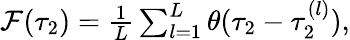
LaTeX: \begin{array}{r}{\mathcal{F}(\tau_{2})=\frac{1}{L}\sum_{l=1}^{L}\theta(\tau_{2}-\tau_{2}^{(l)}),}\end{array}